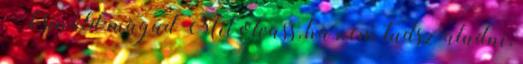
» Csináld magad Mit olvass, ha nem tudsz aludni,